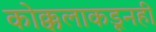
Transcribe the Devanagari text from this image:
कोक्कलाकडूनही